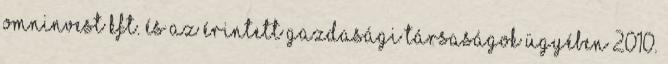
Omninvest Kft. és az érintett gazdasági társaságok ügyében 2010.